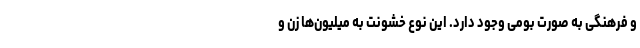
و فرهنگی به صورت بومی وجود دارد. این نوع خشونت به میلیون‌ها زن و